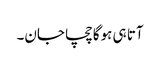
آتا ہی ہوگا چچا جان۔